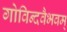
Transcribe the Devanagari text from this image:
गोविन्दवैभवम्